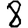
Digit: 8